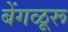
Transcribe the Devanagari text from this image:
बेंगळूरू